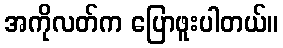
အကိုလတ်က ပြောဖူးပါတယ်။